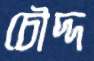
চৌদ্দ